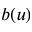
b ( u )